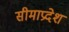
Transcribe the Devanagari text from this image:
सीमाप्रदेश